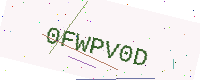
Text: 0FWPV0D